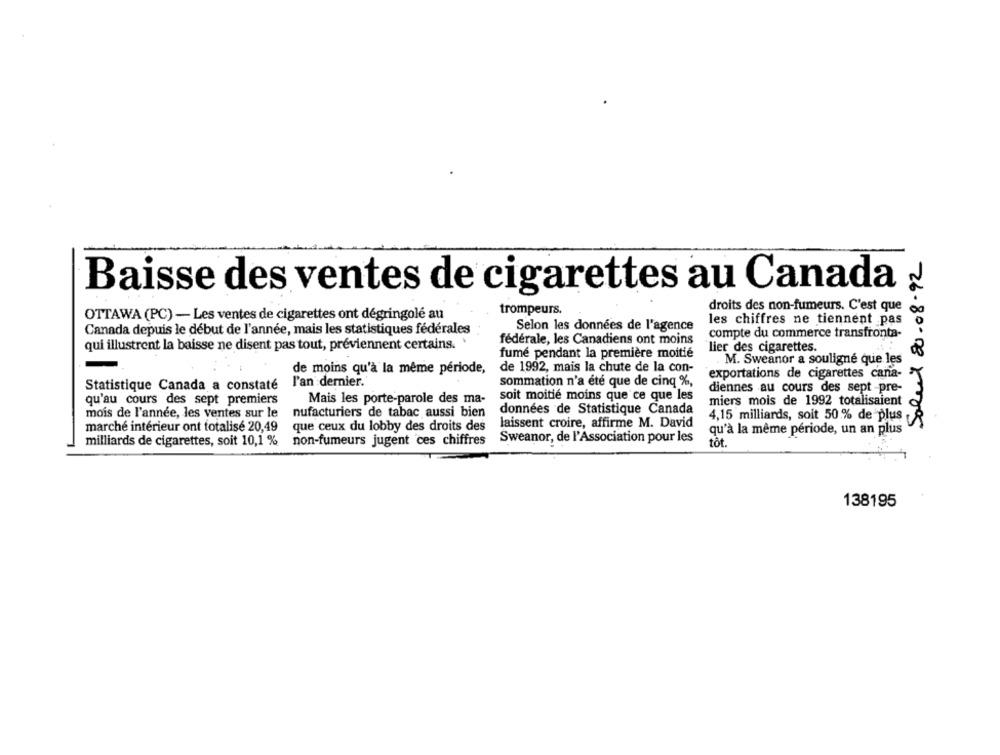
alul 20.08.92
Baisse des ventes de cigarettes au Canada
droits des non-fumeurs. C'est que
OTTAWA (PC) - Les ventes de cigarettes ont dégringolé au
trompeurs.
les chiffres ne tiennent pas
Canada depuis le début de l'année, mais les statistiques fédérales
Selon les données de l'agence
compte du commerce transfronta-
fédérale, les Canadiens ont moins
qui illustrent la baisse ne disent pas tout, préviennent certains.
lier des cigarettes.
fumé pendant la première moitié
M. Sweanor a souligné que les
de moins qu'à la même période,
de 1992, mais la chute de la con-
exportations de cigarettes cana-
Statistique Canada a constaté
l'an dernier.
sommation n'a été que de cinq %,
diennes au cours des sept -pre-
qu'au cours des sept premiers
Mais les porte-parole des ma-
soit moitié moins que ce que les
miers mois de 1992 totalisaient
mois de l'année, les ventes sur le
nufacturiers de tabac aussi bien
données de Statistique Canada
4,15 milliards, soit 50 % de plus
marché intérieur ont totalisé 20,49
que ceux du lobby des droits des
laissent croire, affirme M. David
qu'à la même période, un an plus
Sweanor, de l'Association pour les
milliards de cigarettes, soit 10,1 %
non-fumeurs jugent ces chiffres
tôt.
138195